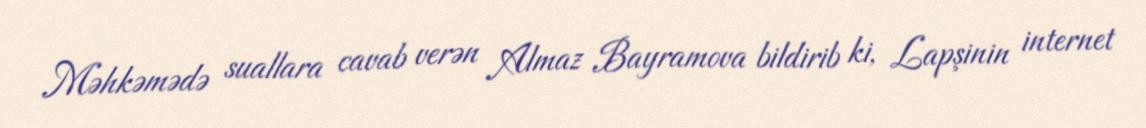
Məhkəmədə suallara cavab verən Almaz Bayramova bildirib ki, Lapşinin internet